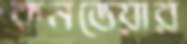
কনভেয়ার